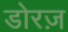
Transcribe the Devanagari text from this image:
डोरज़